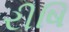
રીષિ